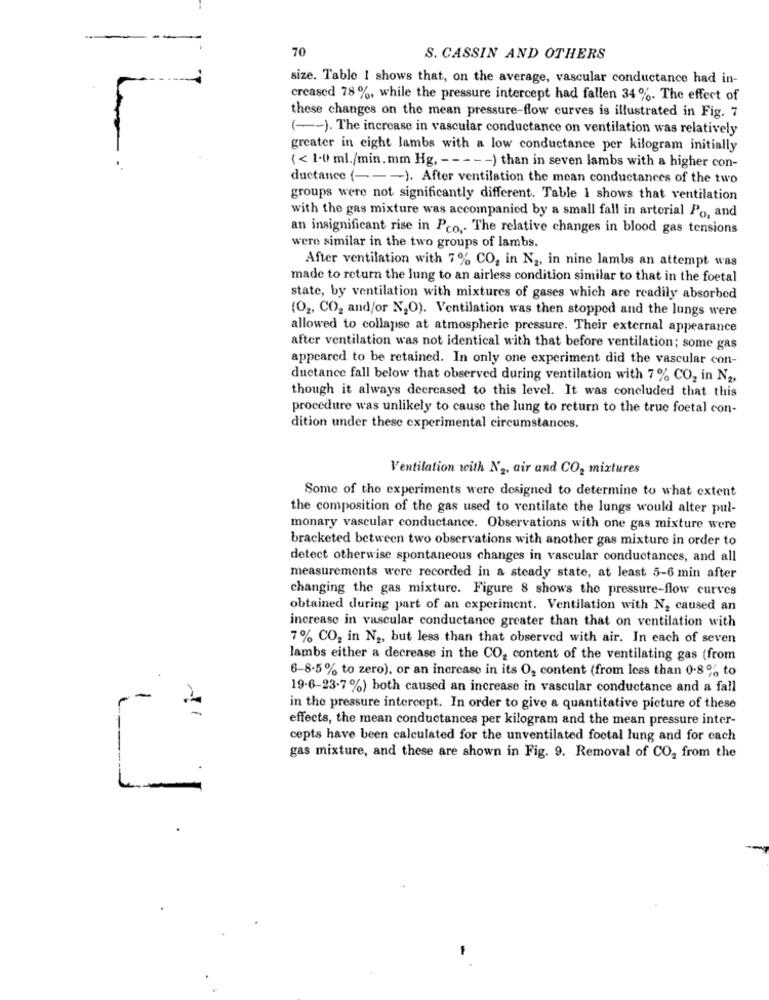
70
S. CASSIN AND OTHERS
size. Table I shows that, on the average, vascular conductance had in-
creased 78 %, while the pressure intercept had fallen 34%. The effect of
these changes on the mean pressure-flow curves is illustrated in Fig. 7
( -- ). The increase in vascular conductance on ventilation was relatively
greater in eight lambs with a low conductance per kilogram initially
{ < 1.0 ml./min.mm Hg, - - - -- ) than in seven lambs with a higher con-
ductance ( --- ). After ventilation the mean conductances of the two
groups were not significantly different. Table I shows that ventilation
with the gas mixture was accompanied by a small fall in arterial Po, and
an insignificant rise in Pco ,. The relative changes in blood gas tensions
were similar in the two groups of lambs.
After ventilation with 7% CO, in N2, in nine lambs an attempt was
made to return the lung to an airless condition similar to that in the foetal
state, by ventilation with mixtures of gases which are readily absorbed
(02, CO2 and/or N,O). Ventilation was then stopped and the lungs were
allowed to collapse at atmospheric pressure. Their external appearance
after ventilation was not identical with that before ventilation; some gas
appeared to be retained. In only one experiment did the vascular con-
ductance fall below that observed during ventilation with 7% CO2 in N2.
though it always decreased to this level. It was concluded that this
procedure was unlikely to cause the lung to return to the true foetal con-
dition under these experimental circumstances.
Ventilation with N2, air and CO, mixtures
Some of the experiments were designed to determine to what extent
the composition of the gas used to ventilate the lungs would alter pul-
monary vascular conductance. Observations with one gas mixture were
bracketed between two observations with another gas mixture in order to
detect otherwise spontaneous changes in vascular conductances, and all
measurements were recorded in a steady state, at least 5-6 min after
changing the gas mixture. Figure 8 shows the pressure-flow curves
obtained during part of an experiment. Ventilation with N2 caused an
increase in vascular conductance greater than that on ventilation with
7% CO, in N2, but less than that observed with air. In each of seven
lambs either a decrease in the CO, content of the ventilating gas (from
6-8-5% to zero), or an increase in its O, content (from less than 0.8% to
19-6-23-7%) both caused an increase in vascular conductance and a fall
-
in the pressure intercept. In order to give a quantitative picture of these
effects, the mean conductances per kilogram and the mean pressure inter-
cepts have been calculated for the unventilated footal lung and for each
gas mixture, and these are shown in Fig. 9. Removal of CO2 from the